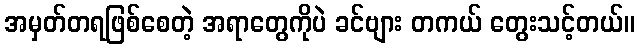
အမှတ်တရဖြစ်စေတဲ့ အရာတွေကိုပဲ ခင်ဗျား တကယ် တွေးသင့်တယ်။